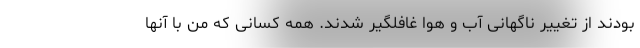
بودند از تغییر ناگهانی آب و هوا غافلگیر شدند. همه کسانی که من با آنها